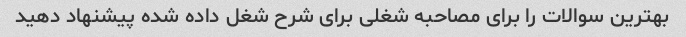
بهترین سوالات را برای مصاحبه شغلی برای شرح شغل داده شده پیشنهاد دهید